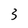
Character: 3